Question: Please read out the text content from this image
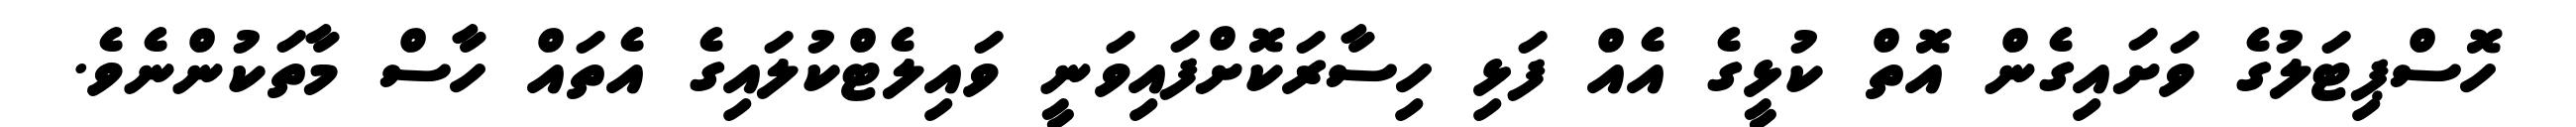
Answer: ހޮސްޕިޓަލުގެ ވަށައިގެން އޮތް ކުޅީގެ އެއް ފަޅި ހިސާރަކޮށްފައިވަނީ ވައިލެޓްކުލައިގެ އެތައް ހާސް މާތަކުންނެވެ.